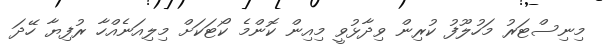
މިނިސްޓަރު މަހުލޫފު ކުރިން ވިދާޅުވީ މިއިން ކޮންމެ ކޯޓަކަށް މިލިއަނެއްހާ ރުފިޔާ ހޭދަ